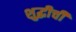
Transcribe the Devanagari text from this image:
शुद्धीची